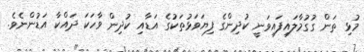
މުޅި ތަން ގުގުމާލައިފައިވަނީ ކުދިންގެ ފިޔަވަޅުތަކުގެ އަޑާއި ކުދިން ވާހަކަ ދައްކާ އަޑުންނެވެ.